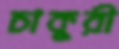
চাকুরী